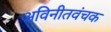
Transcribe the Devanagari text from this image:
अविनीतवंचक